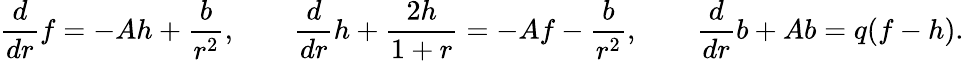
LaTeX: \frac{d}{dr}f=-Ah+{\frac{b}{r^{2}}},\qquad\frac{d}{dr}h+\frac{2h}{1+r}=-Af-{\frac{b}{r^{2}}},\qquad\frac{d}{dr}b+Ab=q(f-h).